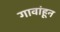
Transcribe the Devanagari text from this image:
गावांहून